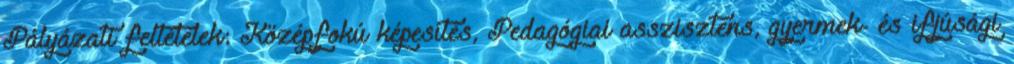
Pályázati feltételek: Középfokú képesítés, Pedagógiai asszisztens, gyermek- és ifjúsági